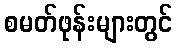
စမတ်ဖုန်းများတွင်